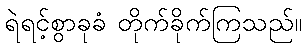
ရဲရင့်စွာခုခံ တိုက်ခိုက်ကြသည်။